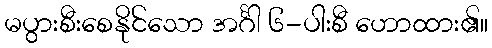
မပွားစီးစေနိုင်သော အင်္ဂါ ၆-ပါးစီ ဟောထား၏။